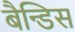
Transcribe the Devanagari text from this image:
बैन्डिस